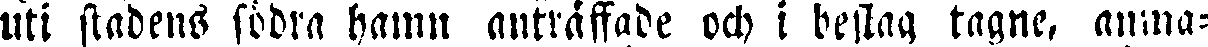
uti stadens södra hamn anträffade och i beslag tagne, amna-